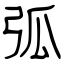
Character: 弧